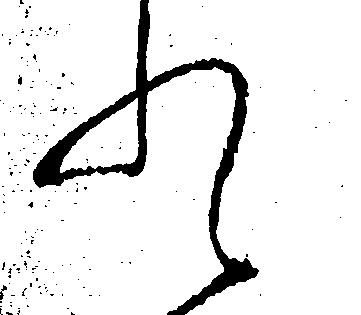
れ